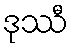
ဒုဿီ